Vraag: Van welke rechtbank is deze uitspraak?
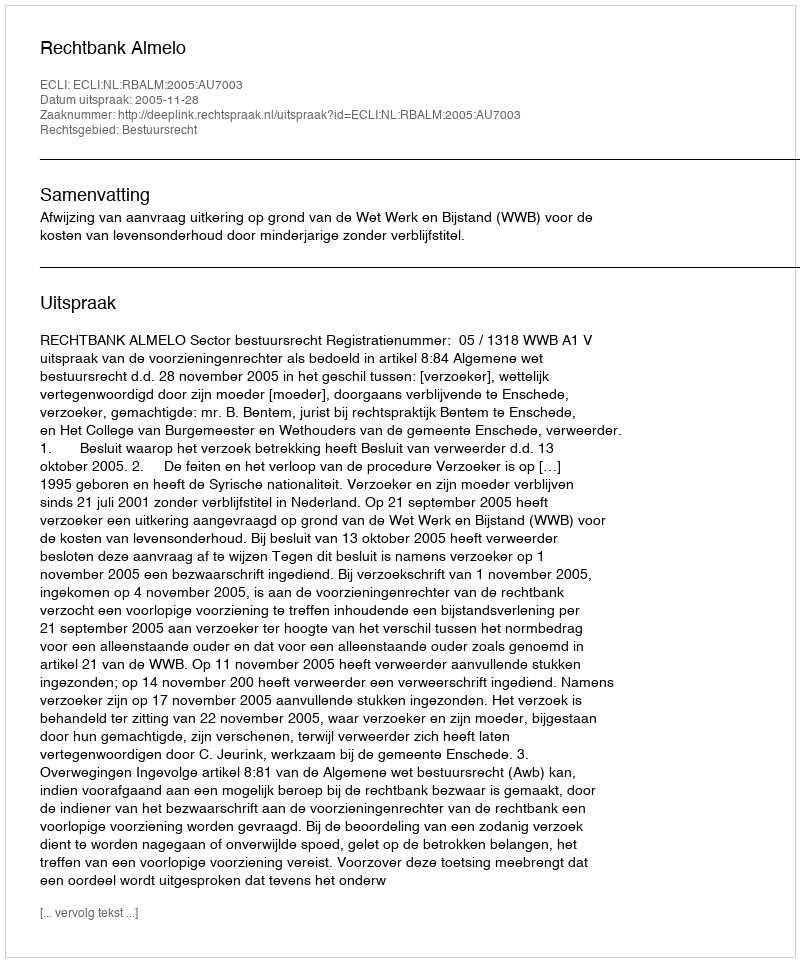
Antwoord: Rechtbank Almelo